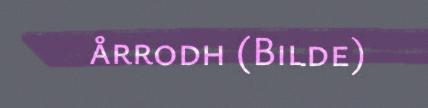
årrodh (Bilde)